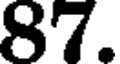
87.